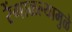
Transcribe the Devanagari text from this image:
रेंगाळल्यामुळे